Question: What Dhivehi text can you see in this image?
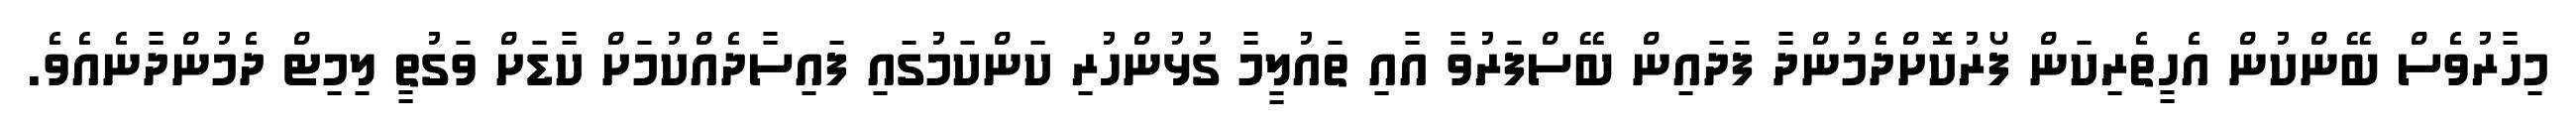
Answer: މިހާރުވެސް ބޭންކުން އެހީތެރިކަން ފޯރުކޮށްދެމުންދާ ފަދައިން ބޭސްފަރުވާ އާއި ތައުލީމާ ގުޅުންހުރި ކަންކަމުގައި ފައިސާދެއްކުމަށް ކާޑަށް ވަގުތީ ލިމިޓް ދެމުންދާނެއެވެ.